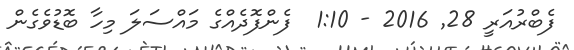
ފެބްރުއަރީ 28